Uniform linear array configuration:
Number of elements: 12
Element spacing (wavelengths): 0.75
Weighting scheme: blackman
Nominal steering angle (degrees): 30
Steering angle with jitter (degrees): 28.249
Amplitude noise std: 0.05
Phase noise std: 0.05

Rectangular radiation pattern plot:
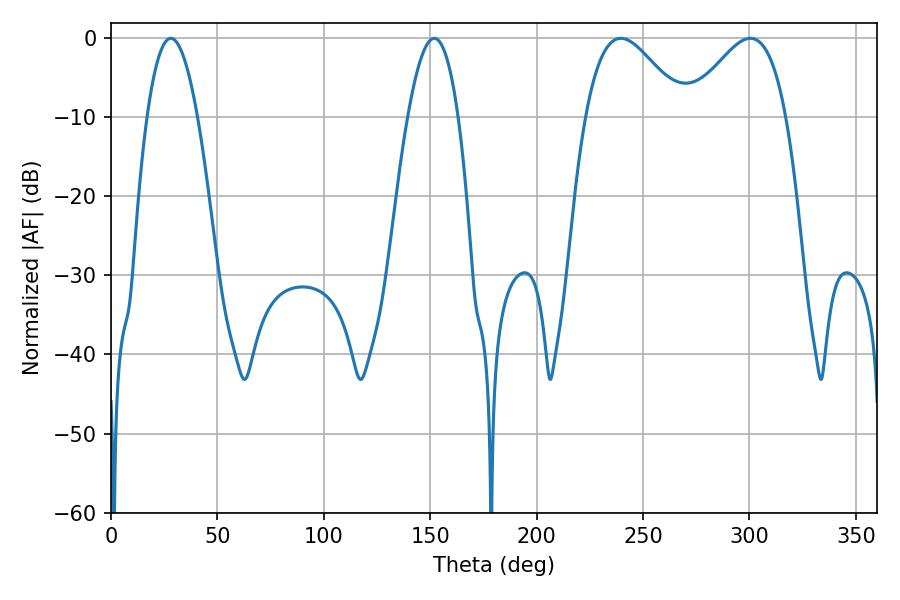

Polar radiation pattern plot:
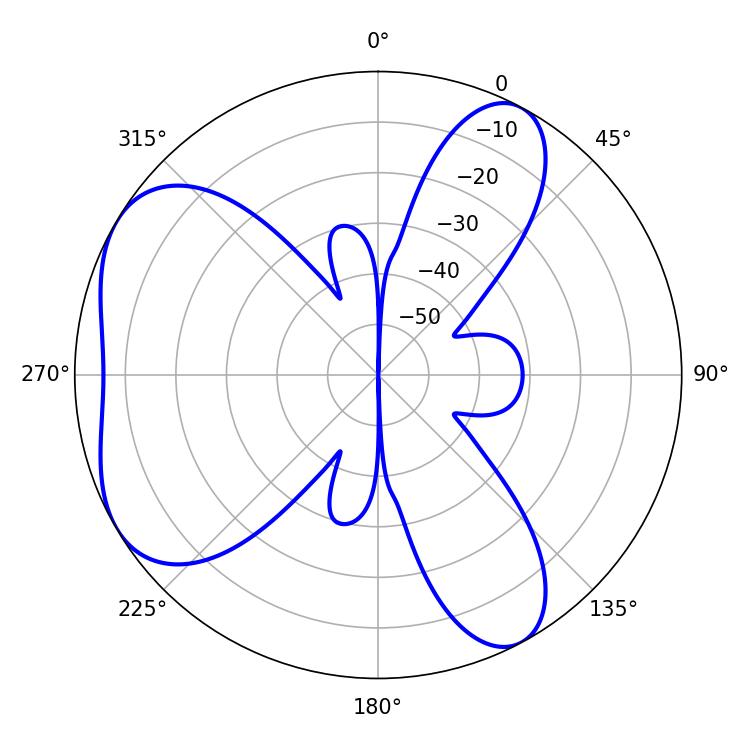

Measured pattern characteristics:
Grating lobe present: TRUE
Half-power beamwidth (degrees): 24.66
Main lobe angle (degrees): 239.58